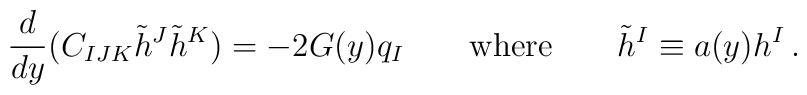
{d\over d y} ( C_{IJK}\tilde h^J \tilde h^K)  = - 2 G(y)q_I    \qquad \mbox{where}\qquad  \tilde h^I \equiv a(y) h^I \,.